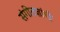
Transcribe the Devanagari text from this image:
संगीतज्ञांची